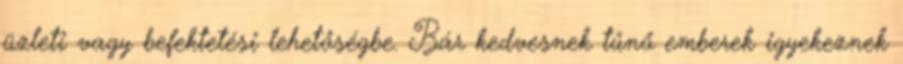
üzleti vagy befektetési lehetőségbe. Bár kedvesnek tűnő emberek igyekeznek